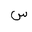
Letter: _sin